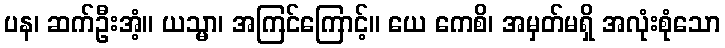
ပန၊ ဆက်ဦးအံ့။ ယသ္မာ၊ အကြင်ကြောင့်။ ယေ ကေစိ၊ အမှတ်မရှိ အလုံးစုံသော